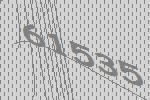
61535